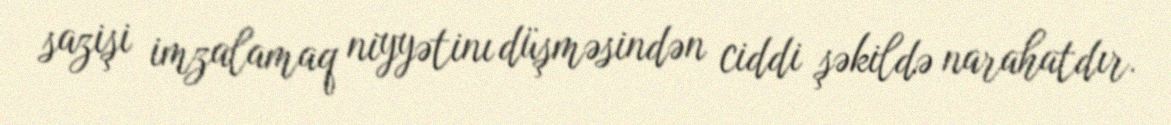
sazişi imzalamaq niyyətinı düşməsindən ciddi şəkildə narahatdır.